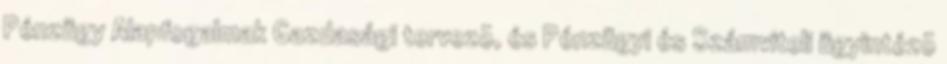
Pénzügy Alapfogalmak Gazdasági tervezõ, és Pénzügyi és Számviteli ügyintézõ